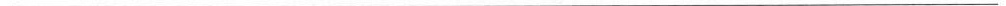
___